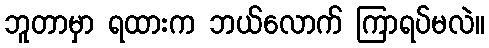
ဘူတာမှာ ရထားက ဘယ်လောက် ကြာရပ်မလဲ။